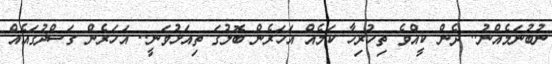
ނުބުނަމެއްނު.. ދެން ކީއްވެ ތިހުރިހާ ކަމެއް އަހަރެން ބޮލުގަ ތިއަޅުވަނީ.. އަހަރެން ގަސްދުގައެއް